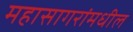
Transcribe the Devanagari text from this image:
महासागरांमधील